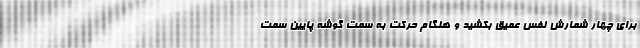
برای چهار شمارش نفس عمیق بکشید و هنگام حرکت به سمت گوشه پایین سمت